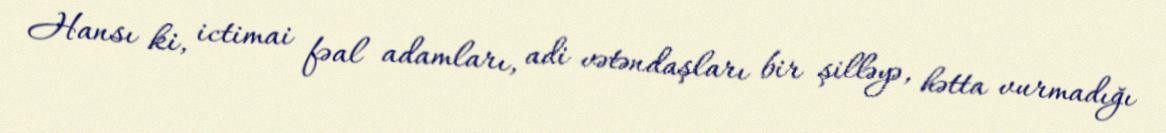
Hansı ki, ictimai fəal adamları, adi vətəndaşları bir şilləyə, hətta vurmadığı